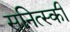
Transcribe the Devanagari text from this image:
सनित्स्की